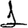
Digit: 1